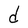
Character: d